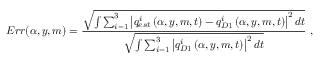
E r r ( \alpha , y , m ) = \frac { \sqrt { \int \sum _ { i = 1 } ^ { 3 } \left| { q _ { e s t } ^ { i } } \left( \alpha , y , m , t \right) - { q _ { D 1 } ^ { i } } \left( \alpha , y , m , t \right) \right| ^ { 2 } d t } } { { \sqrt { \int \sum _ { i = 1 } ^ { 3 } \left| { q _ { D 1 } ^ { i } } \left( \alpha , y , m , t \right) \right| ^ { 2 } d t } } } \mathrm { ~ , ~ }